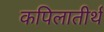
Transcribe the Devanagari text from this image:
कपिलातीर्थ